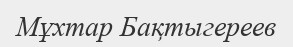
Мұхтар Бақтыгереев